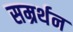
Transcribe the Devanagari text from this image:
सम्रर्थन